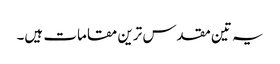
یہ تین مقدس ترین مقامات ہیں۔